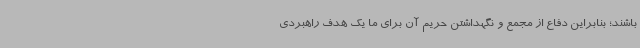
باشند؛ بنابراین دفاع از مجمع و نگهداشتن حریم آن برای ما یک هدف راهبردی